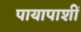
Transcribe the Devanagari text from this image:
पायापाशीं